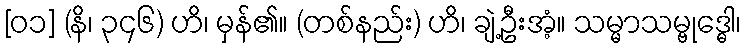
[၀၁] (နိ၊ ၃၄၆) ဟိ၊ မှန်၏။ (တစ်နည်း) ဟိ၊ ချဲ့ဦးအံ့။ သမ္မာသမ္ဗုဒ္ဓေါ၊